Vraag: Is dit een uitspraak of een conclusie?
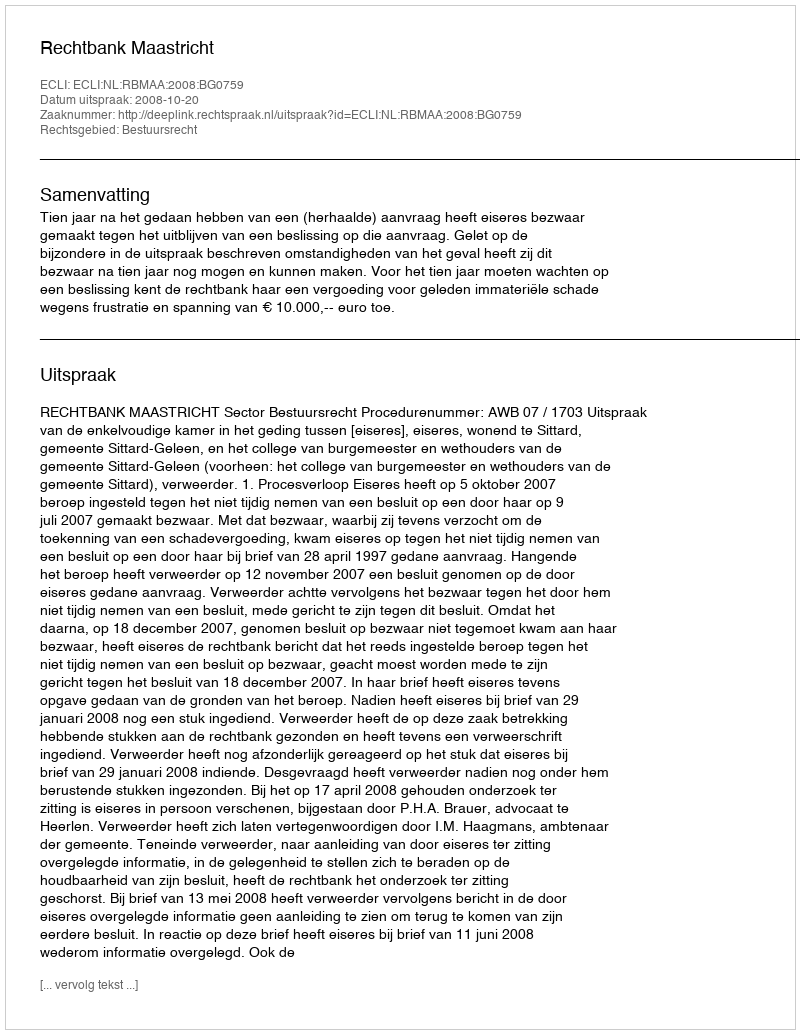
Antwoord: Uitspraak